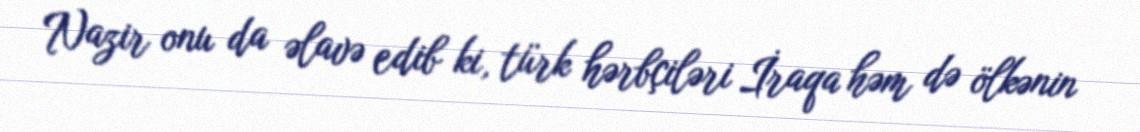
Nazir onu da əlavə edib ki, türk hərbçiləri İraqa həm də ölkənin